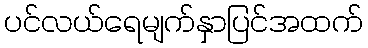
ပင်လယ်ရေမျက်နှာပြင်အထက်